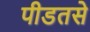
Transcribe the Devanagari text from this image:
पीडतसे